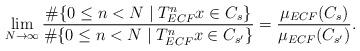
LaTeX: \begin{align*}\lim_{N\to \infty} \frac{\#\{0 \le n < N \mid T_{ECF}^n x \in C_s\}}{\#\{0 \le n < N \mid T_{ECF}^n x \in C_{s'}\}} = \frac{\mu_{ECF}(C_s)}{\mu_{ECF}(C_{s'})}.\end{align*}